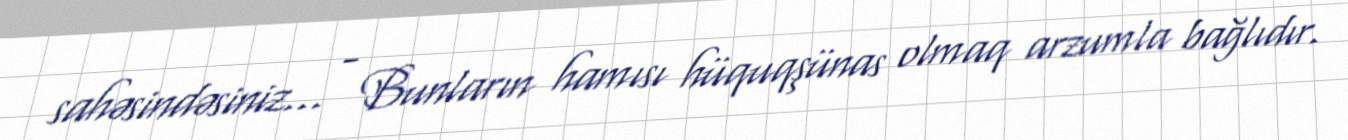
sahəsindəsiniz... - Bunların hamısı hüquqşünas olmaq arzumla bağlıdır.